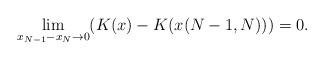
LaTeX: \begin{gather*}\lim\limits_{x_{N-1}-x_{N}\rightarrow0} (K(x) -K( x(N-1,N))) =0.\end{gather*}